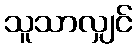
သူသာလျှင်